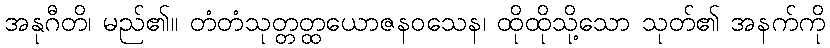
အနုဂီတိ၊ မည်၏။ တံတံသုတ္တတ္ထယောဇနဝသေန၊ ထိုထိုသို့သော သုတ်၏ အနက်ကို